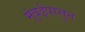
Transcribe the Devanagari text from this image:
मुंबईपासुन